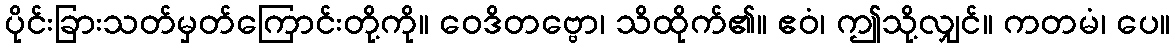
ပိုင်းခြားသတ်မှတ်ကြောင်းတို့ကို။ ဝေဒိတဗ္ဗော၊ သိထိုက်၏။ ဧဝံ၊ ဤသို့လျှင်။ ကတမံ၊ ပေ။